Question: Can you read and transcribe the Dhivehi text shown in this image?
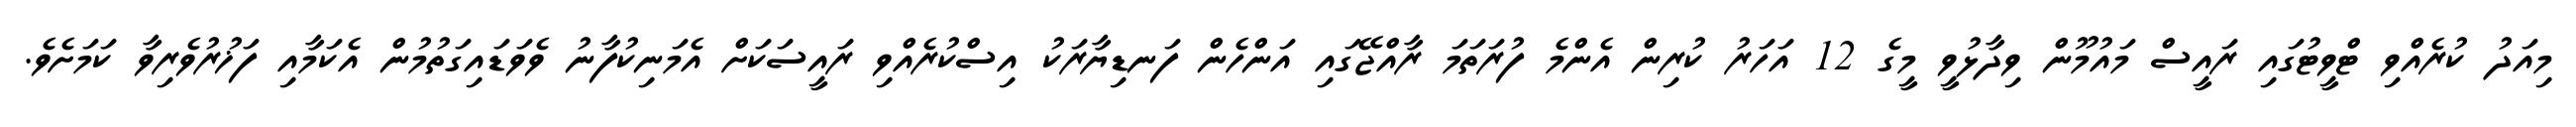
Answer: މިއަދު ކުރެއްވި ޓްވީޓުގައި ރައީސް މައުމޫން ވިދާޅުވީ މީގެ 12 އަހަރު ކުރިން އެންމެ ފުރަތަމަ ރާއްޖޭގައި އަންހެން ފަނޑިޔާރަކު އިސްކުރެއްވި ރައީސަކަށް އެމަނިކުފާނު ވެވަޑައިގަތުމުން އެކަމާއި ފަޚުރުވެރިވާ ކަމަށެވެ.